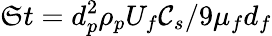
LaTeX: \mathfrak{S}t=d_{p}^{2}\rho_{p}U_{f}\mathcal{C}_{s}/9\mu_{f}d_{f}